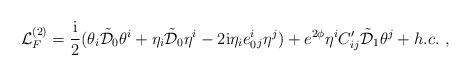
LaTeX: \begin{align*}{\cal L}^{(2)}_{F}=\frac{{\rm i}}{2}(\theta_i \tilde{{\cal D}}_0\theta^i + \eta_i \tilde{{\cal D}}_0 \eta^i-2{\rm i}\eta_i e_0^i{}_j\eta^j)+ e^{2\phi}\eta^i C_{ij}^\prime \tilde{{\cal D}}_1\theta^j +h.c.\ ,\end{align*}